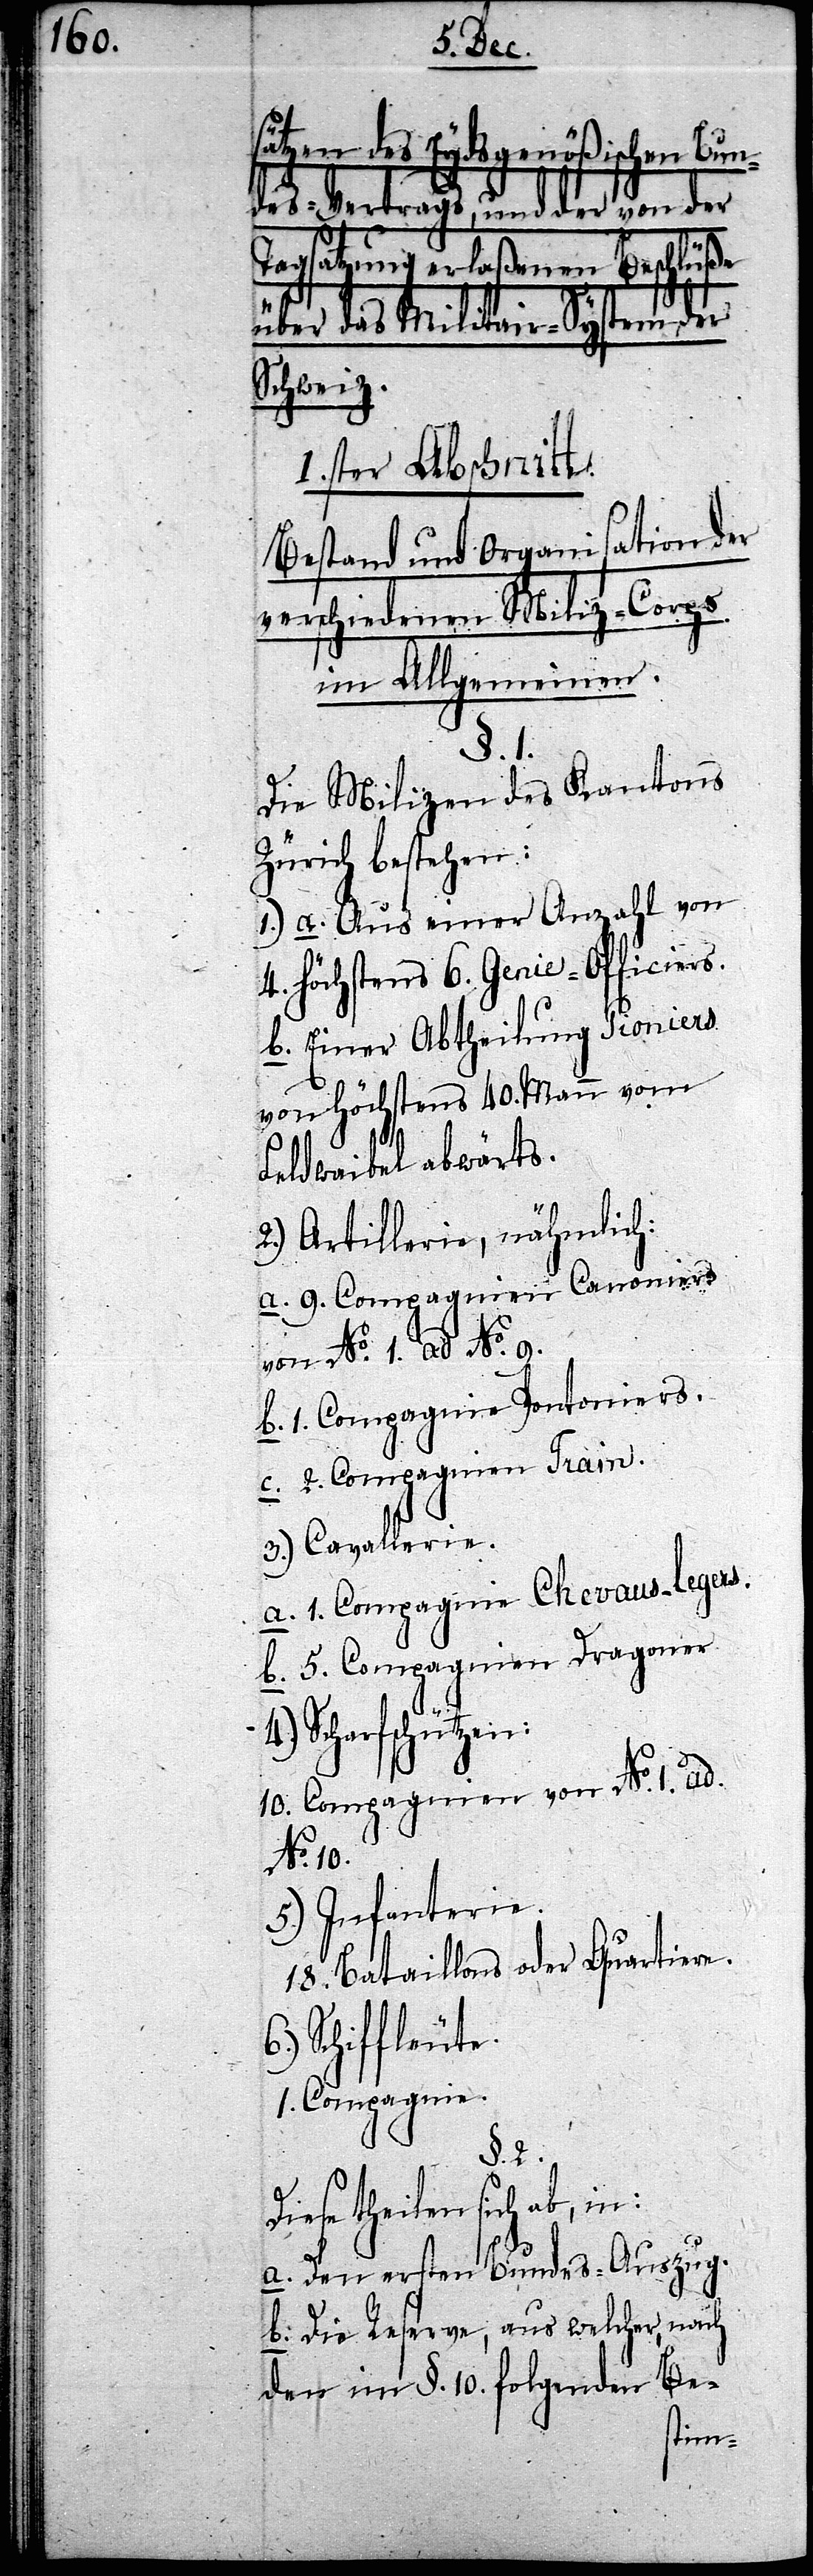
sätzen des Eydsgenößischen Bun¬
des-Vertrags, und der von der
Tagsatzung erlaßenen Beschlüße
über das Militair-System der
Schweiz.
I. ster Abschnitt.
Bestand und Organisation der
verschiedenen Miliz-Corps
im Allgemeinen.
§. 1.
Die Milizen des Kantons
Zürich bestehen:
1.) a. Aus einer Anzahl von
4. höchstens 6. Genie-Officiers.
b. Einer Abtheilung Pioniers
von höchstens 40. Mann vom
Feldwaibel abwärts.
2.) Artillerie, nähmlich:
a. 9. Compagnien Canoniers
von No. 1. ad No. 9.
b. 1. Compagnie Pontoniers.
c. 2. Compagnien Train.
3.) Cavallerie.
a. 1. Compagnie Chevaus-legers.
b. 5. Compagnien Dragoner
Scharfschützen:
10. Compagnien von No. 1. ad.
No. 10.
5.) Infanterie.
18. Bataillons oder Quartiere.
Schiffleute.
1. Compagnie.
§. 2.
Diese theilen sich ab, in:
a. Den ersten Bundes-Auszug.
b. Die Reserve, aus welcher nach
den im §. 10. folgenden Be-